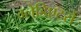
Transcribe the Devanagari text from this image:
ग्लेडिएटरों